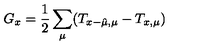
G _ { x } = \frac { 1 } { 2 } \sum _ { \mu } ( T _ { x - \hat { \mu } , \mu } - T _ { x , \mu } )